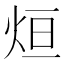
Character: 烜